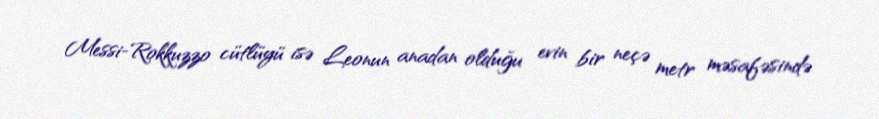
Messi-Rokkuzzo cütlüyü isə Leonun anadan olduğu evin bir neçə metr məsafəsində